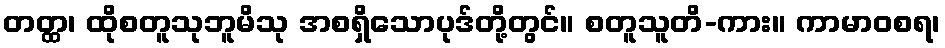
တတ္ထ၊ ထိုစတူသုဘူမိသု အစရှိသောပုဒ်တို့တွင်။ စတူသူတိ-ကား။ ကာမာဝစရ၊